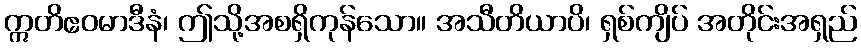
ဣတိဧဝမာဒီနံ၊ ဤသို့အစရှိကုန်သော။ အသီတိယာပိ၊ ရှစ်ကျိပ် အတိုင်းအရှည်